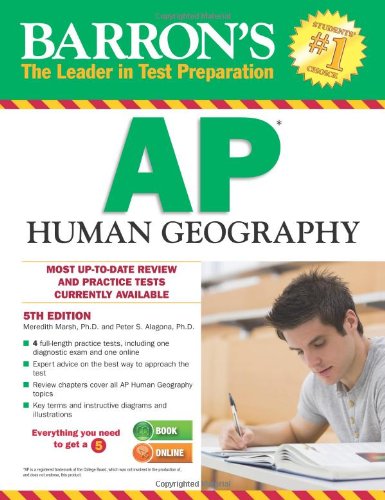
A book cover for Barron's AP Human Geography, 5th Edition; Meredith Marsh Ph.D.; Test Preparation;